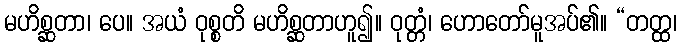
မဟိစ္ဆတာ၊ ပေ။ အယံ ဝုစ္စတိ မဟိစ္ဆတာဟူ၍။ ဝုတ္တံ၊ ဟောတော်မူအပ်၏။ “တတ္ထ၊